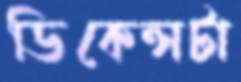
ডিকেন্সটা